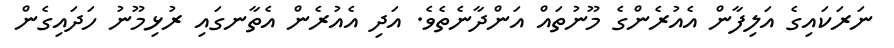
ނަރަކައިގެ އަލިފާން އެއުރެންގެ މޫނުތައް އަންދާނެތެވެ. އަދި އެއުރެން އެތާނގައި ރުޅިމޫނު ހަދައިގެން